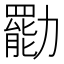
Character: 㔥